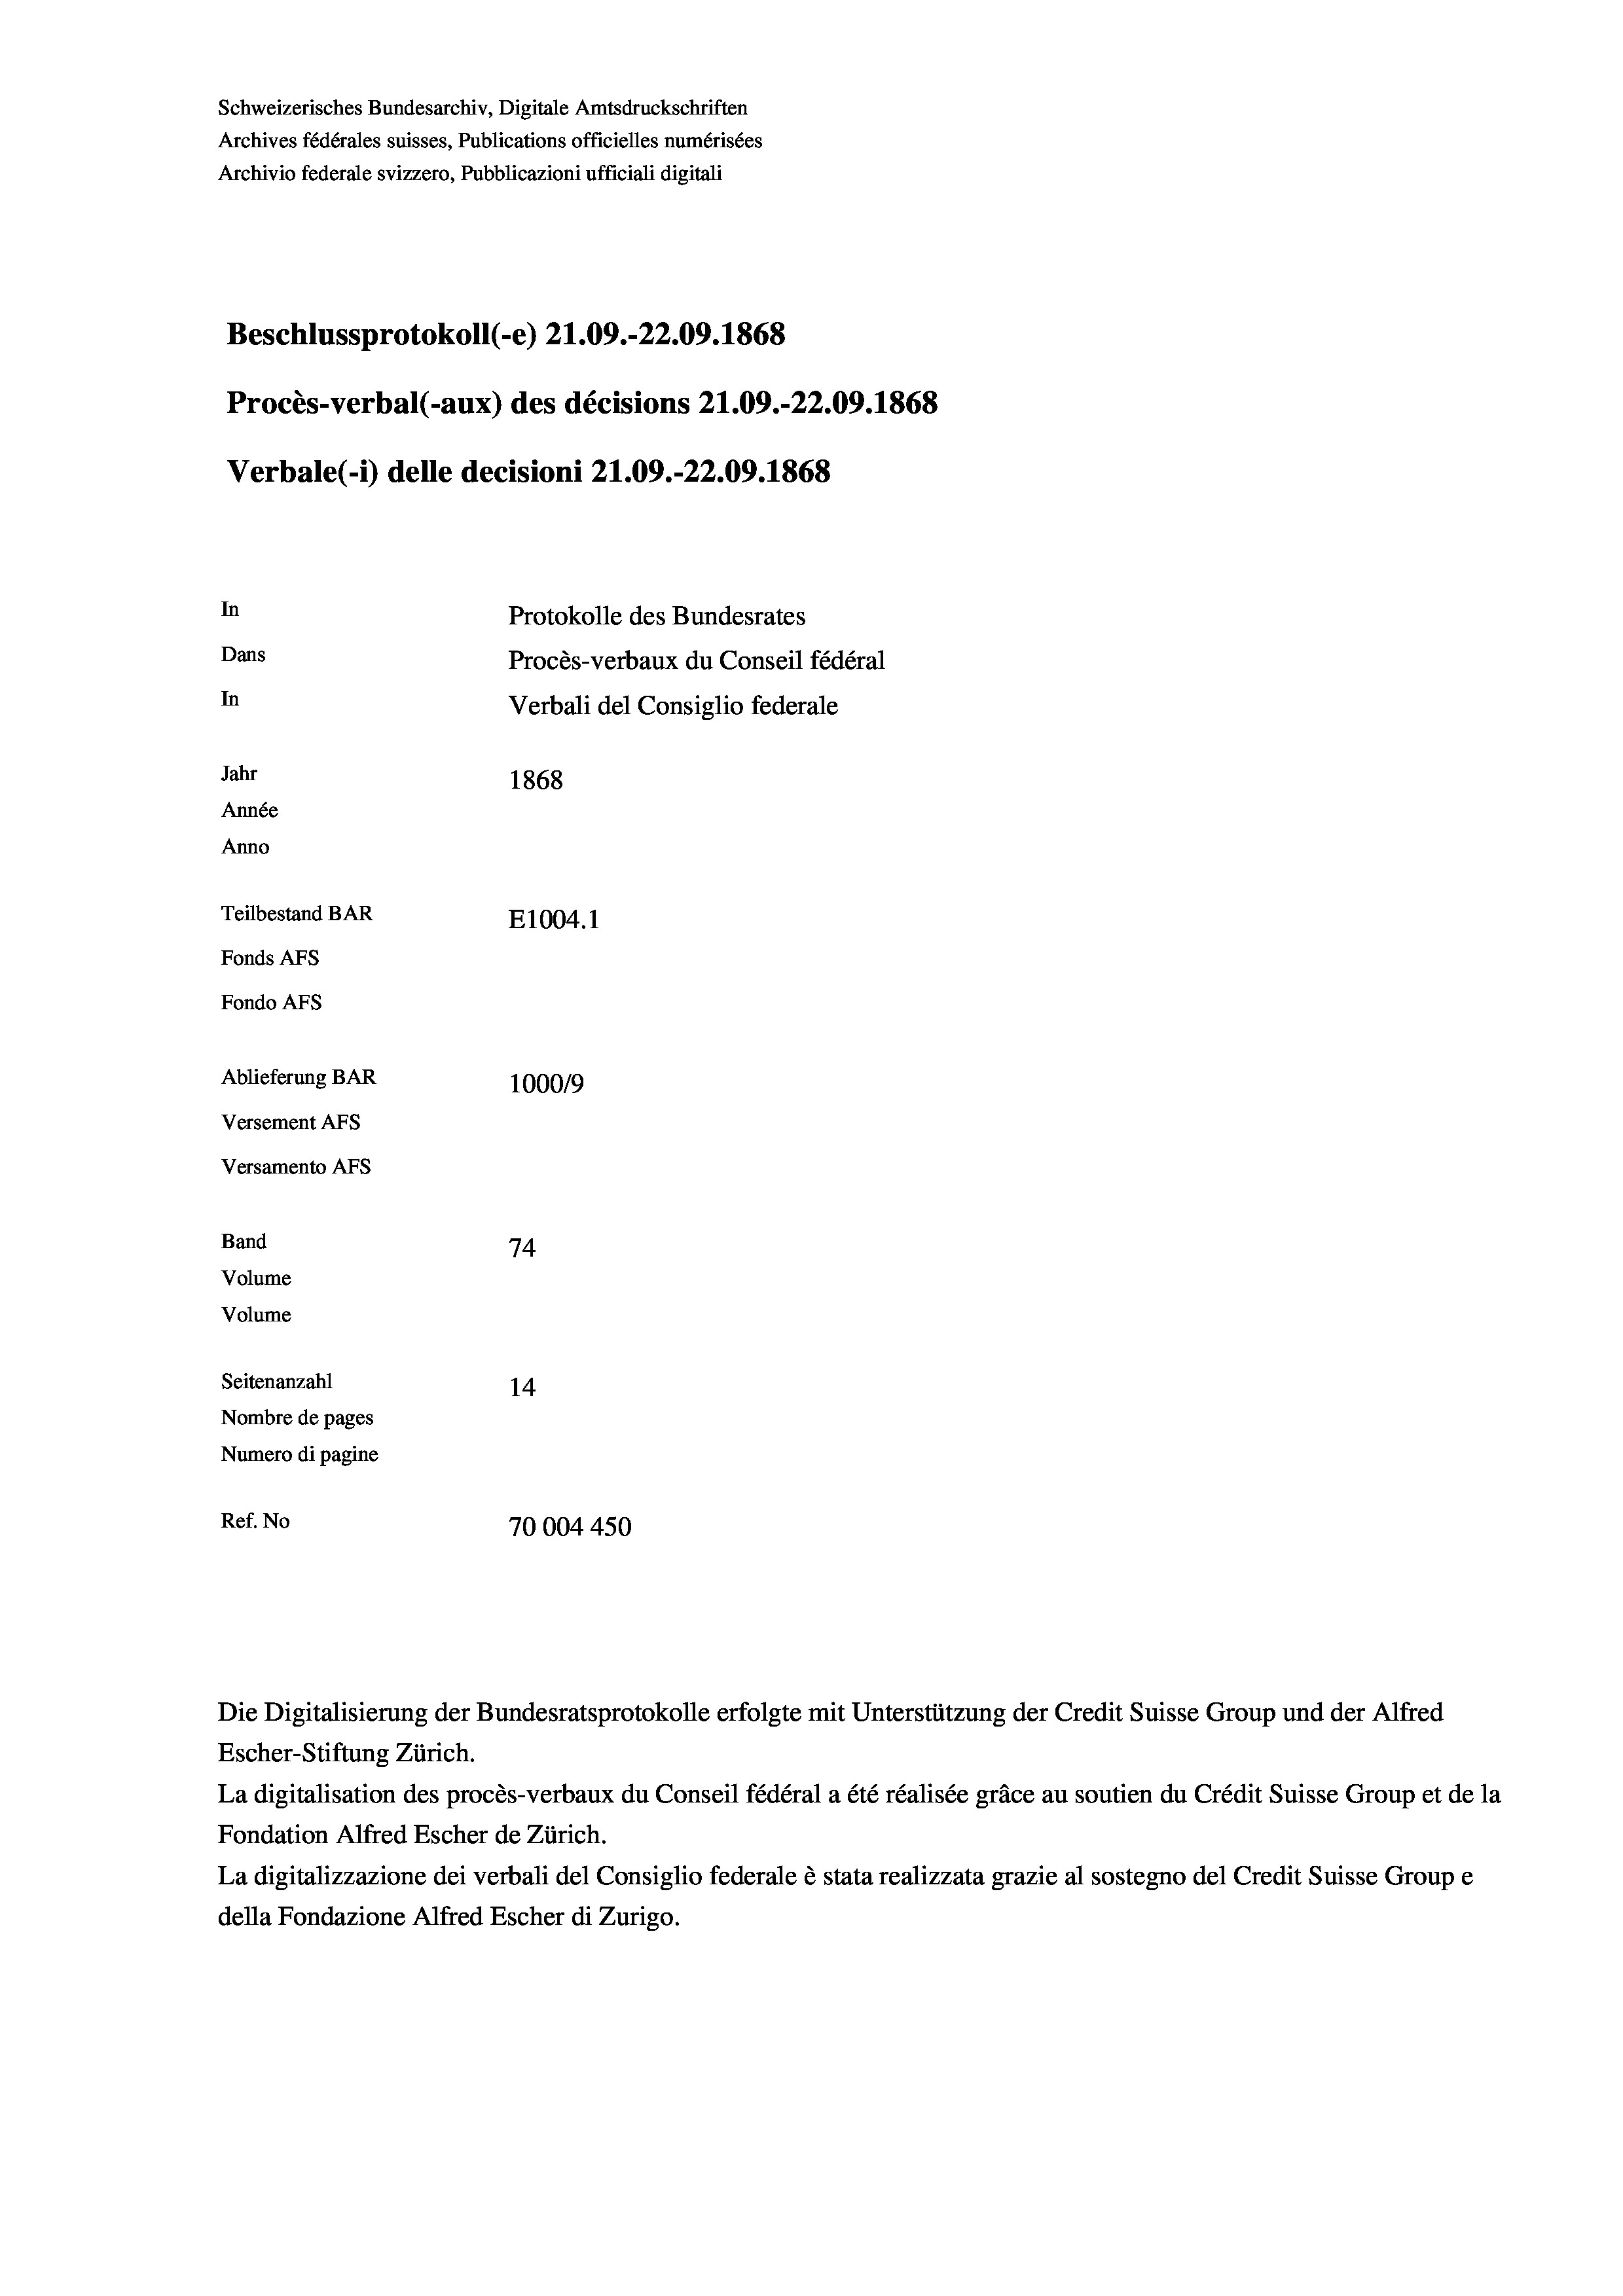
Schweizerisches Bundesarchiv, Digitale Amtsdruckschriften
Archives fédérales suisses, Publications officielles numérisées
Archivio federale svizzero, Pubblicazioni ufficiali digitali
Beschlussprotokoll (-e) 21.09.-22.09. 1868
Procès-verbal (-aux) des décisions 21.09.-22.09. 1868
Verbale(*) delle decisioni 21.09.-22.09. 1868
In
Protokolle des Bundesrates
Dans
Procès-verbaux du Conseil fédéral
In
Verbali del Consiglio federale
Jahr
1868
Année
Anno
Teilbestand BAR
E1004. 1
Fonds AFs
Fondo Afs
Ablieferung BAR
100019
Versement AFs
Versamento Afs
Band
74
Volume
Volume

Seitenanzahl
14
Nombre de pages
Numero di pagine
Ref. No
70004 450

Die Digitalisierung der Bundesratsprotokolle erfolgte mit Unterstützung der Credit Suisse Group und der Alfred
Escher-Stiftung Zürich.
La digitalisation des procès-verbaux du Conseil fédéral a été réalisée gräce au soutien du Crédit Suisse Group et de la
Fondation Alfred Escher de Zürich.
La digitalizzazione dei verbali del Consiglio federale è stata realizzata grazie al sostegno del Credit Suisse Groupe
della Fondazione Alfred Escher di Zurigo.